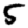
Digit: 5